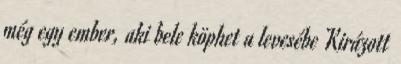
még egy ember, aki bele köphet a levesébe Kirázott